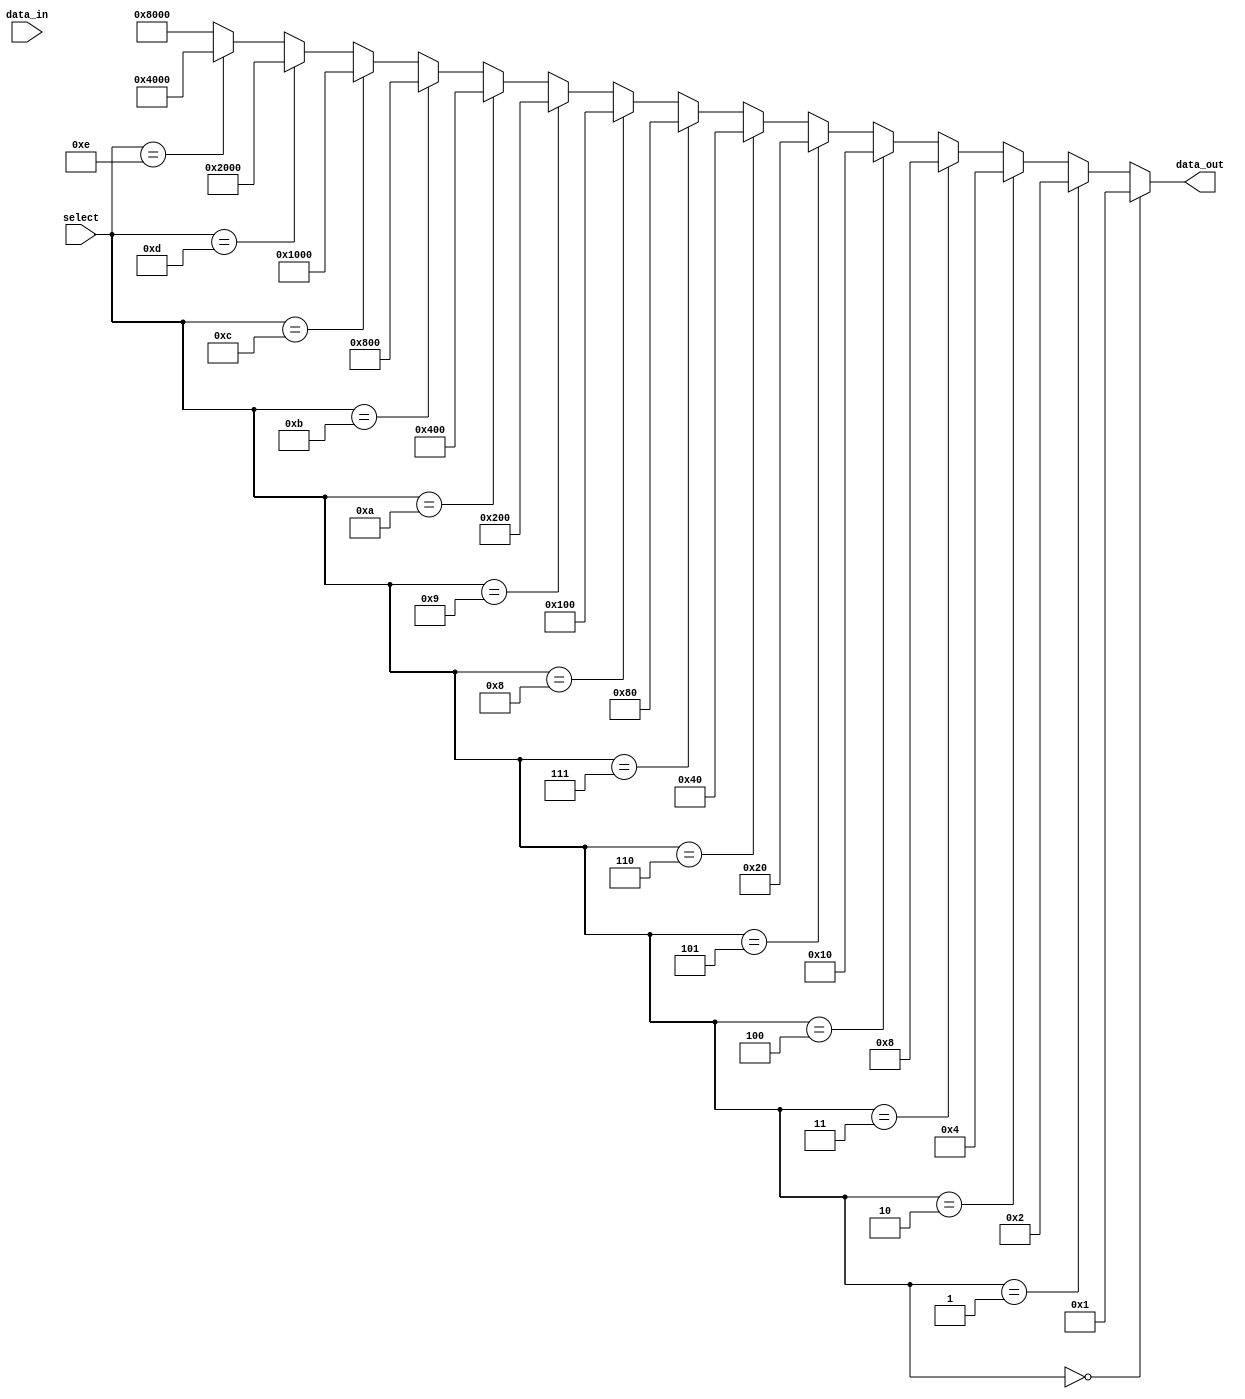
module demux_4to16 (
    input [3:0] select,
    input [15:0] data_in,
    output [15:0] data_out
);

assign data_out = (select == 4'b0000) ? 16'b0000000000000001 :
                 (select == 4'b0001) ? 16'b0000000000000010 :
                 (select == 4'b0010) ? 16'b0000000000000100 :
                 (select == 4'b0011) ? 16'b0000000000001000 :
                 (select == 4'b0100) ? 16'b0000000000010000 :
                 (select == 4'b0101) ? 16'b0000000000100000 :
                 (select == 4'b0110) ? 16'b0000000001000000 :
                 (select == 4'b0111) ? 16'b0000000010000000 :
                 (select == 4'b1000) ? 16'b0000000100000000 :
                 (select == 4'b1001) ? 16'b0000001000000000 :
                 (select == 4'b1010) ? 16'b0000010000000000 :
                 (select == 4'b1011) ? 16'b0000100000000000 :
                 (select == 4'b1100) ? 16'b0001000000000000 :
                 (select == 4'b1101) ? 16'b0010000000000000 :
                 (select == 4'b1110) ? 16'b0100000000000000 :
                                     16'b1000000000000000;

endmodule